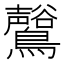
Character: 𪇟